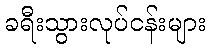
ခရီးသွားလုပ်ငန်းများ